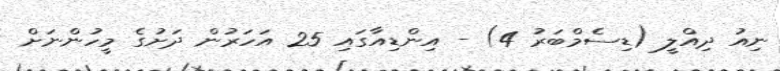
ނިއު ދިއްލީ (ޑިސެމްބަރު 4) - އިންޑިއާގައި 25 އަހަރުން ދަށުގެ މީހުންނަށް